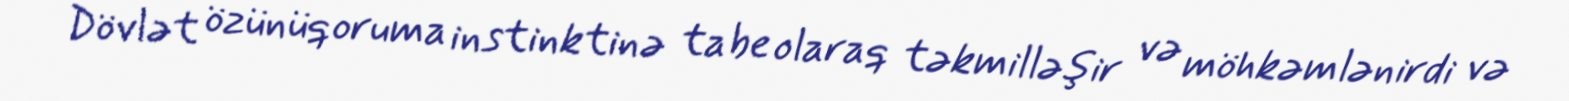
Dövlət özünüqoruma instinktinə tabe olaraq təkmilləşir və möhkəmlənirdi və